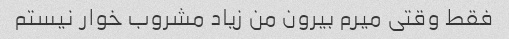
فقط وقتی میرم بیرون من زیاد مشروب خوار نیستم